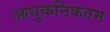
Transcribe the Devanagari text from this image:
आधुकनिकतम